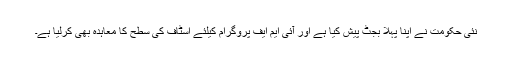
نئی حکومت نے اپنا پہلا بجٹ پیش کیا ہے اور آئی ایم ایف پروگرام کیلئے اسٹاف کی سطح کا معاہدہ بھی کرلیا ہے۔